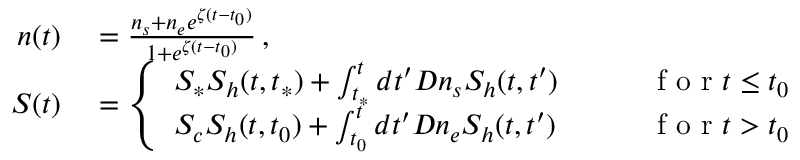
\begin{array} { r l r } { n ( t ) } & { { } = \frac { n _ { s } + n _ { e } e ^ { \zeta ( t - t _ { 0 } ) } } { 1 + e ^ { \zeta ( t - t _ { 0 } ) } } \, , } & { } \\ { S ( t ) } & { { } = \left\{ \begin{array} { l l } { S _ { * } S _ { h } ( t , t _ { * } ) + \int _ { t _ { * } } ^ { t } d t ^ { \prime } D n _ { s } S _ { h } ( t , t ^ { \prime } ) \qquad } & { \mathrm { ~ f ~ o ~ r ~ } t \le t _ { 0 } } \\ { S _ { c } S _ { h } ( t , t _ { 0 } ) + \int _ { t _ { 0 } } ^ { t } d t ^ { \prime } D n _ { e } S _ { h } ( t , t ^ { \prime } ) \qquad } & { \mathrm { ~ f ~ o ~ r ~ } t > t _ { 0 } } \end{array} \right. } \end{array}